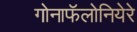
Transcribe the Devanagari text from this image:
गोनाफॅलोनियेरे